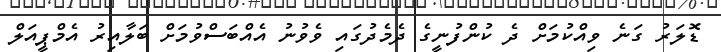
ޑޮލަރު ގަނެ ވިއްކުމަށް ދެ ކުންފުނީގެ ދެމެދުގައި ވެވުނު އެއްބަސްވުމަށް ބަލާއިރު އެމްޕީއަލް